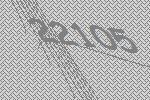
22105